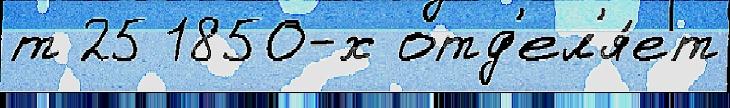
т 25 1850-х отд'ел'я́ет